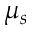
\mu _ { s }